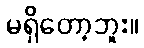
မရှိတော့ဘူး။